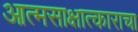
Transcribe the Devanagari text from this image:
आत्मसाक्षात्काराचा